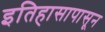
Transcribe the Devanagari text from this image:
इतिहासापासून